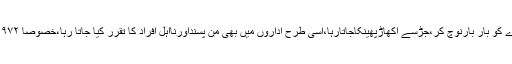
جس طرح ملک میں جمہوریت صحیح معنوں میں جڑنہیںپکڑسکی اور جمہوریت کے پودے کو بار بارنوچ کر،جڑسے اُکھاڑپھینکاجاتارہا،اسی طرح اداروں میں بھی من پسنداورنااہل افراد کا تقرر کیا جاتا رہا،خصوصاً ۱۹۷۲ء کے بعد کے اَدوار میں تواہلیت اورمیرٹ کوایک طرف ہی نہیں، بالاے طاق رکھ دیاگیا۔